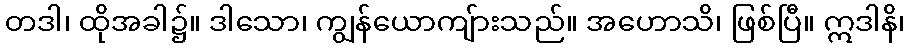
တဒါ၊ ထိုအခါ၌။ ဒါသော၊ ကျွန်ယောကျ်ားသည်။ အဟောသိ၊ ဖြစ်ပြီ။ ဣဒါနိ၊